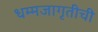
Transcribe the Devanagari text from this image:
धम्मजागृतीची